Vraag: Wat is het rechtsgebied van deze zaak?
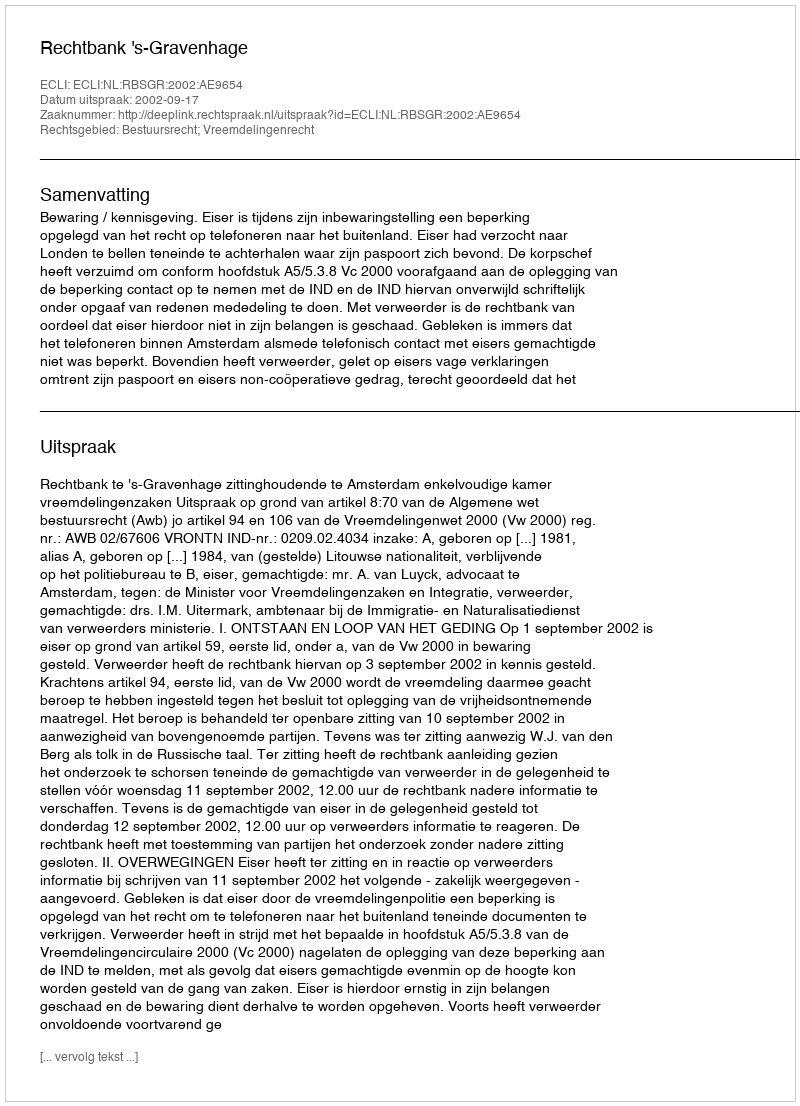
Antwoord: Bestuursrecht; Vreemdelingenrecht